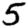
Digit: 5